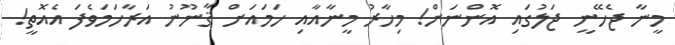
މީނާ ޖެހޭނީ ޖަލުގައި އޮންނަން! މިހާރު މީނާއާއި ހަމައަށް ޤާނޫނު އަރާހަމަވެފަ އެއޮތީ!